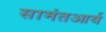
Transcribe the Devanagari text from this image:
सामंतआर्य